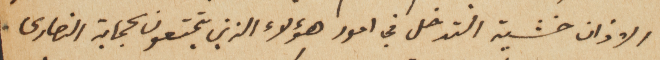
الاذان خشية التدخل في امور هؤلاء الذين يتمتعون بحماية النصارى.